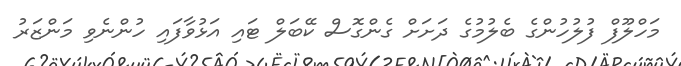
މަހްލޫފް ފުލުހުންގެ ބެލުމުގެ ދަށަށް ގެންގޮސް ކޭބަލް ޓައި އަޅުވާފައި ހުންނެވި މަންޒަރު